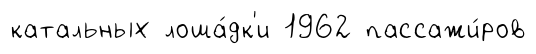
катальных лоша́дк'и 1962 пассажи́ров